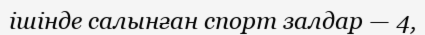
ішінде салынған спорт залдар — 4,